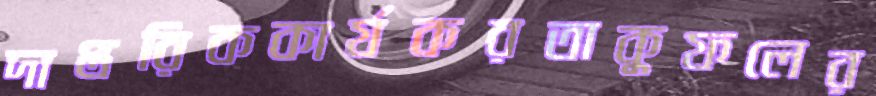
দাপ্তরিককার্যকরতাকুফলের